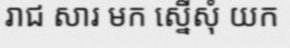
រាជ សារ មក ស្នើសុំ យក